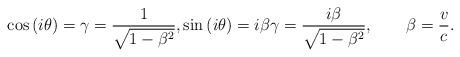
LaTeX: \begin{align*}\cos\left( i\theta\right) =\gamma=\frac{1}{\sqrt{1-\beta^{2}}},\sin\left( i\theta\right) =i\beta\gamma=\frac{i\beta}{\sqrt{1-\beta^{2}}},\qquad\beta=\frac{v}{c}.\end{align*}